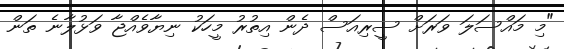
"މި މައްސަލަ ވަރަށް ސީރިއަސް ދެން އިތުރު މީހަކު ނިޔާވެއްޖާ ވަޅުލާނެ ތަން